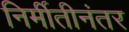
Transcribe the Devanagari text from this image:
निर्मीतीनंतर